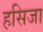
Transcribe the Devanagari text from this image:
हसिजा